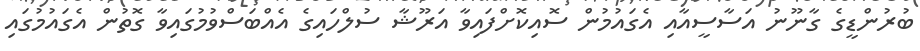
ބުރުންޑީގެ ގާނޫނު އަސާސީއާއި އެގައުމުން ސޮއިކޮށްފައިވާ އަރޫޝާ ސުލްހައިގެ އެއްބަސްވުމުގައިވާ ގޮތުން އެގައުމުގައި